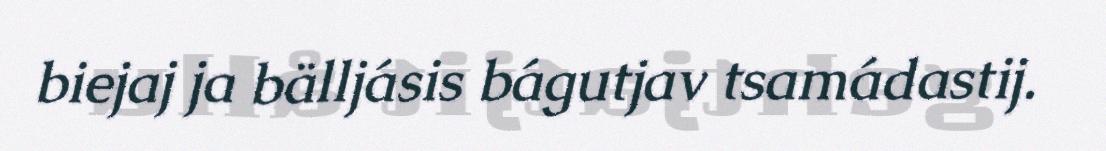
biejaj ja bälljásis bágutjav tsamádastij.